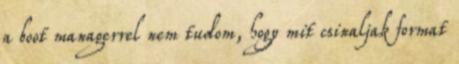
a boot managerrel nem tudom, hogy mit csinaljak format